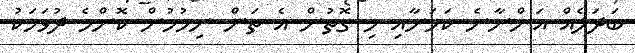
ބަދަލެއް އަންނާނެ ކަމަށާއި މި ގޮތުން އެ ތަން ނިމުމުން ކޮންމެ ދުވަހަކު